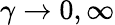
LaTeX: \gamma\to 0,\infty